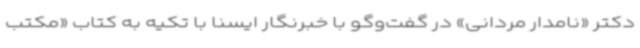
دکتر «نامدار مردانی» در گفت‌وگو با خبرنگار ایسنا با تکیه به کتاب «مکتب